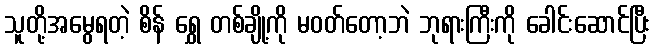
သူတို့အမွေရတဲ့ စိန် ရွှေ တစ်ချို့ကို မဝတ်တော့ဘဲ ဘုရားကြီးကို ခေါင်းဆောင်ပြီး